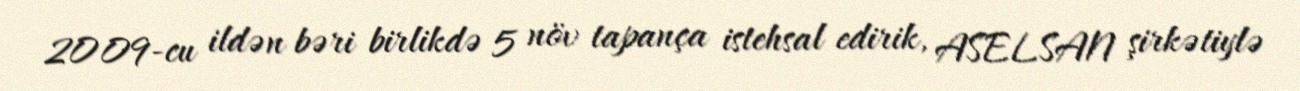
2009-cu ildən bəri birlikdə 5 növ tapança istehsal edirik, ASELSAN şirkətiylə